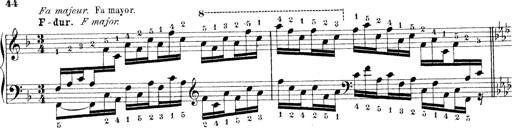
Title: Technische Studien
Composer: Franz Liszt